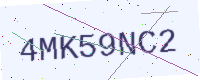
Text: 4MK59NC2